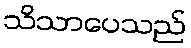
သိသာပေသည်